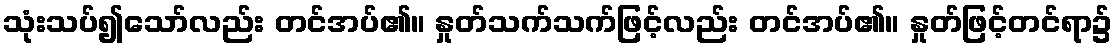
သုံးသပ်၍သော်လည်း တင်အပ်၏။ နှုတ်သက်သက်ဖြင့်လည်း တင်အပ်၏။ နှုတ်ဖြင့်တင်ရာ၌